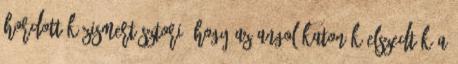
hordott közismert sztori, hogy az angol katonák elszedték a